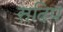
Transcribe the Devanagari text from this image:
सदिप